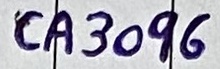
Text: CA3096